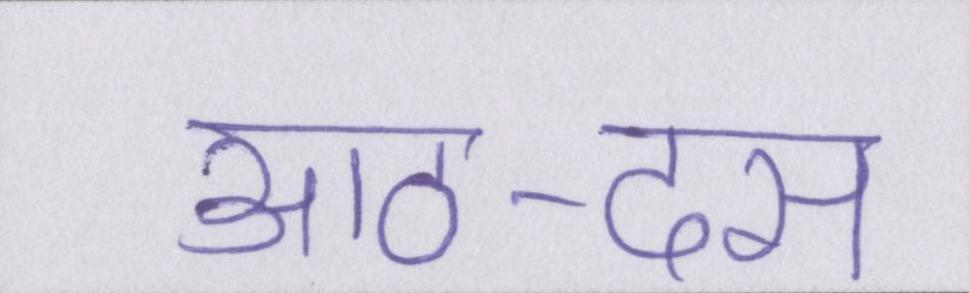
आठ-दस